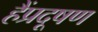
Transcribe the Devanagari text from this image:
हैंप्रदूषण